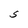
Character: S